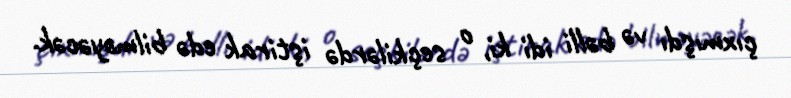
çıxmışdı və bəlli idi ki, o seçkilərdə iştirak edə bilməyəcək.